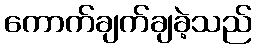
ကောက်ချက်ချခဲ့သည်